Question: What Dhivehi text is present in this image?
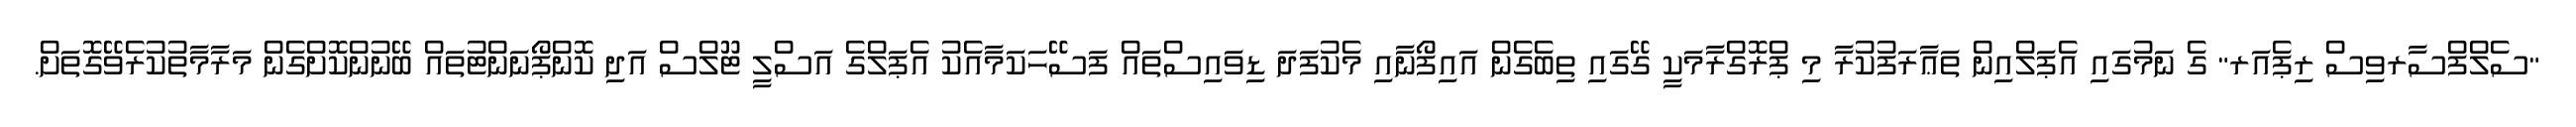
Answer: "ސެލްފްސާރވިސް ރިޕެއަރ" ގެ ނަމުގައި އެޕަލްއިން ތަޢާރަފުކުރާ މި ޕްރޮގްރާމަކީ ގޭގައި ތިބެގެން އައިފޯނާއި މެކުފަދަ ޑިވައިސްތައް ފަސޭހަކަމާއެކު އެޕަލްގެ އަސްލީ ޓޫލްސް އަދި ކޮންޕޯނަންޓުތައް ބޭނުންކޮށްގެން މަރާމާތުކުރެވޭގޮތަށް.